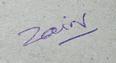
Signature authenticity: genuine